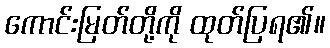
ကောင်းမြတ်တို့ကို ထုတ်ပြရ၏။